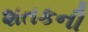
શતકની